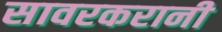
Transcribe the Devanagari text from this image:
सावरकरानी